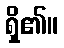
ရှိ၏။